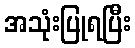
အသုံးပြုရပြီး